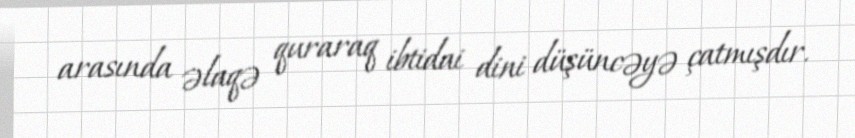
arasında əlaqə quraraq ibtidai dini düşüncəyə çatmışdır.